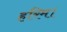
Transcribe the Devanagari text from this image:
हरिम।